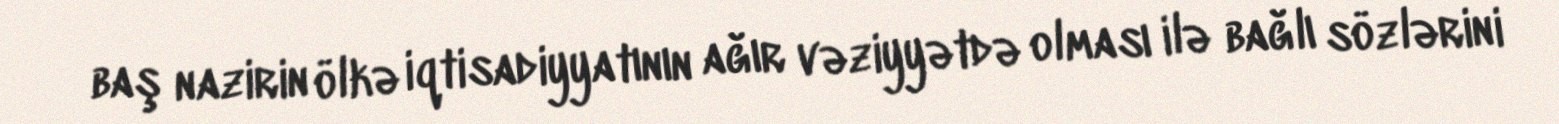
baş nazirin ölkə iqtisadiyyatının ağır vəziyyətdə olması ilə bağlı sözlərini